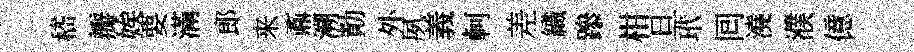
嵇瓣娭要滿郎来鼒溯勣外夙義軻差織𨅶柑旦玳囘澆濮億